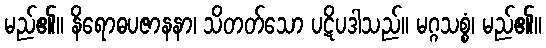
မည်၏။ နိရောဓပဇာနနာ၊ သိတတ်သော ပဋိပဒါသည်။ မဂ္ဂသစ္စံ၊ မည်၏။